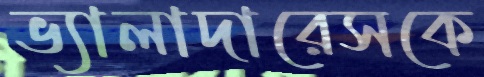
ভ্যালাদারেসকে